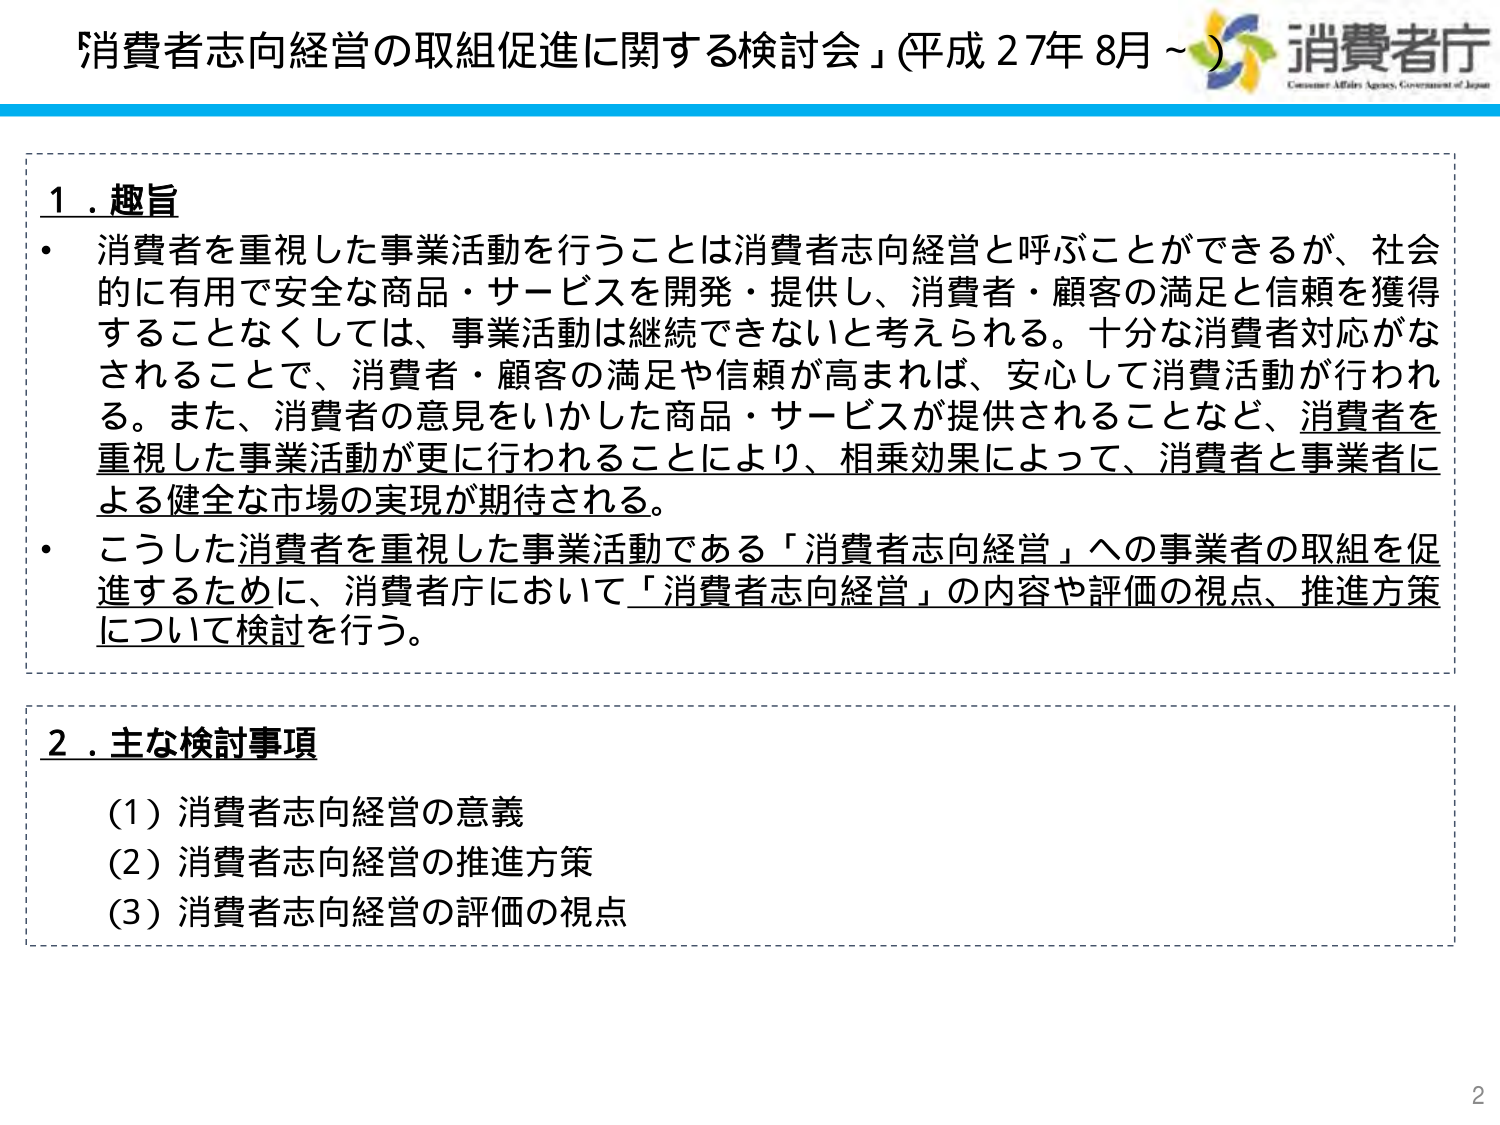
「消費者志向経営の取組促進に関する検討会」（平成27年8月～）
消費者庁
Consumer Affairs Agency, Government of Japan

1．趣旨
・消費者を重視した事業活動を行うことは消費者志向経営と呼ぶことができるが、社会的に有用で安全な商品・サービスを開発・提供し、消費者・顧客の満足と信頼を獲得することなくしては、事業活動は継続できないと考えられる。十分な消費者対応がなされることで、消費者・顧客の満足や信頼が高まれば、安心して消費活動が行われる。また、消費者の意見をいかした商品・サービスが提供されることなど、消費者を重視した事業活動が更に行われることにより、相乗効果によって、消費者と事業者による健全な市場の実現が期待される。
・こうした消費者を重視した事業活動である「消費者志向経営」への事業者の取組を促進するために、消費者庁において「消費者志向経営」の内容や評価の視点、推進方策について検討を行う。

2．主な検討事項
（1）消費者志向経営の意義
（2）消費者志向経営の推進方策
（3）消費者志向経営の評価の視点

2